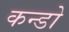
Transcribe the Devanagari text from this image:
कन्डो